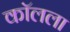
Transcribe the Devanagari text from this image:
कॉलला